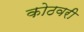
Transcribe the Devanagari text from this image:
कोठवरी